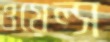
ওয়েল্স